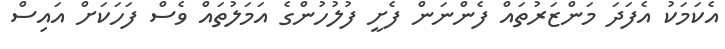
އެކަމަކު އެފަދަ މަންޒަރުތައް ފެންނަން ފެށީ ފުލުހުންގެ އަމަލުތައް ވެސް ފަހަކަށް އައިސް